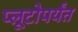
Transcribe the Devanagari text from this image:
प्लूटोपर्यंत